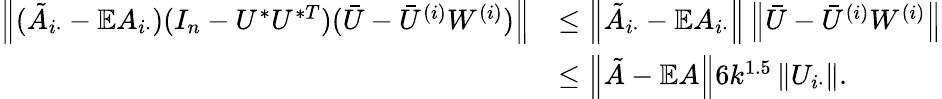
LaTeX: \begin{array}{rl}{\left\| {(\tilde{A}_{i\cdot}-\mathbb{E}A_{i\cdot})(I_{n}-U^{*}U^{*T})(\bar{U}-\bar{U}^{(i)}W^{(i)})}\right\| }&{\leq\left\| {\tilde{A}_{i\cdot}-\mathbb{E}A_{i\cdot}}\right\| \left\| {\bar{U}-\bar{U}^{(i)}W^{(i)}}\right\| }\\ &{\leq\left\| {\tilde{A}-\mathbb{E}A}\right\| 6k^{1.5}\left\| {U_{i\cdot}}\right\| .}\end{array}